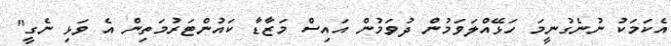
އެކަމަކު ނުނެގުނީމަ ހަޅޭއްލަވަމުން ދުވަމުން އައިސް މަޒާޑާ ކައުންޓަރުމަތިން އެ ވަޅި ނެގީ"